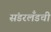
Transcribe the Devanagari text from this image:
संडरलँडची